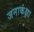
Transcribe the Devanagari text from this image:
जनाकंक्षा